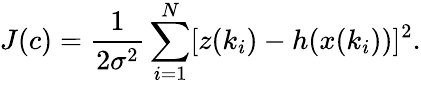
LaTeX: J(c)=\frac{1}{2\sigma^{2}}\sum_{i=1}^{N}[z(k_{i})-h(x(k_{i}))]^{2}.